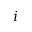
i